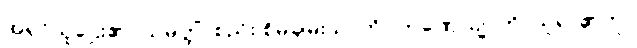
အရှင်သူဌေး၏။ သမ္ပတ္တိံ၊ စည်း စိမ်ချမ်းသာကို။ ကဏှေယျာတိ၊ ယူရာ၏ဟု။